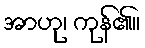
အာဟု၊ ကုန်၏။